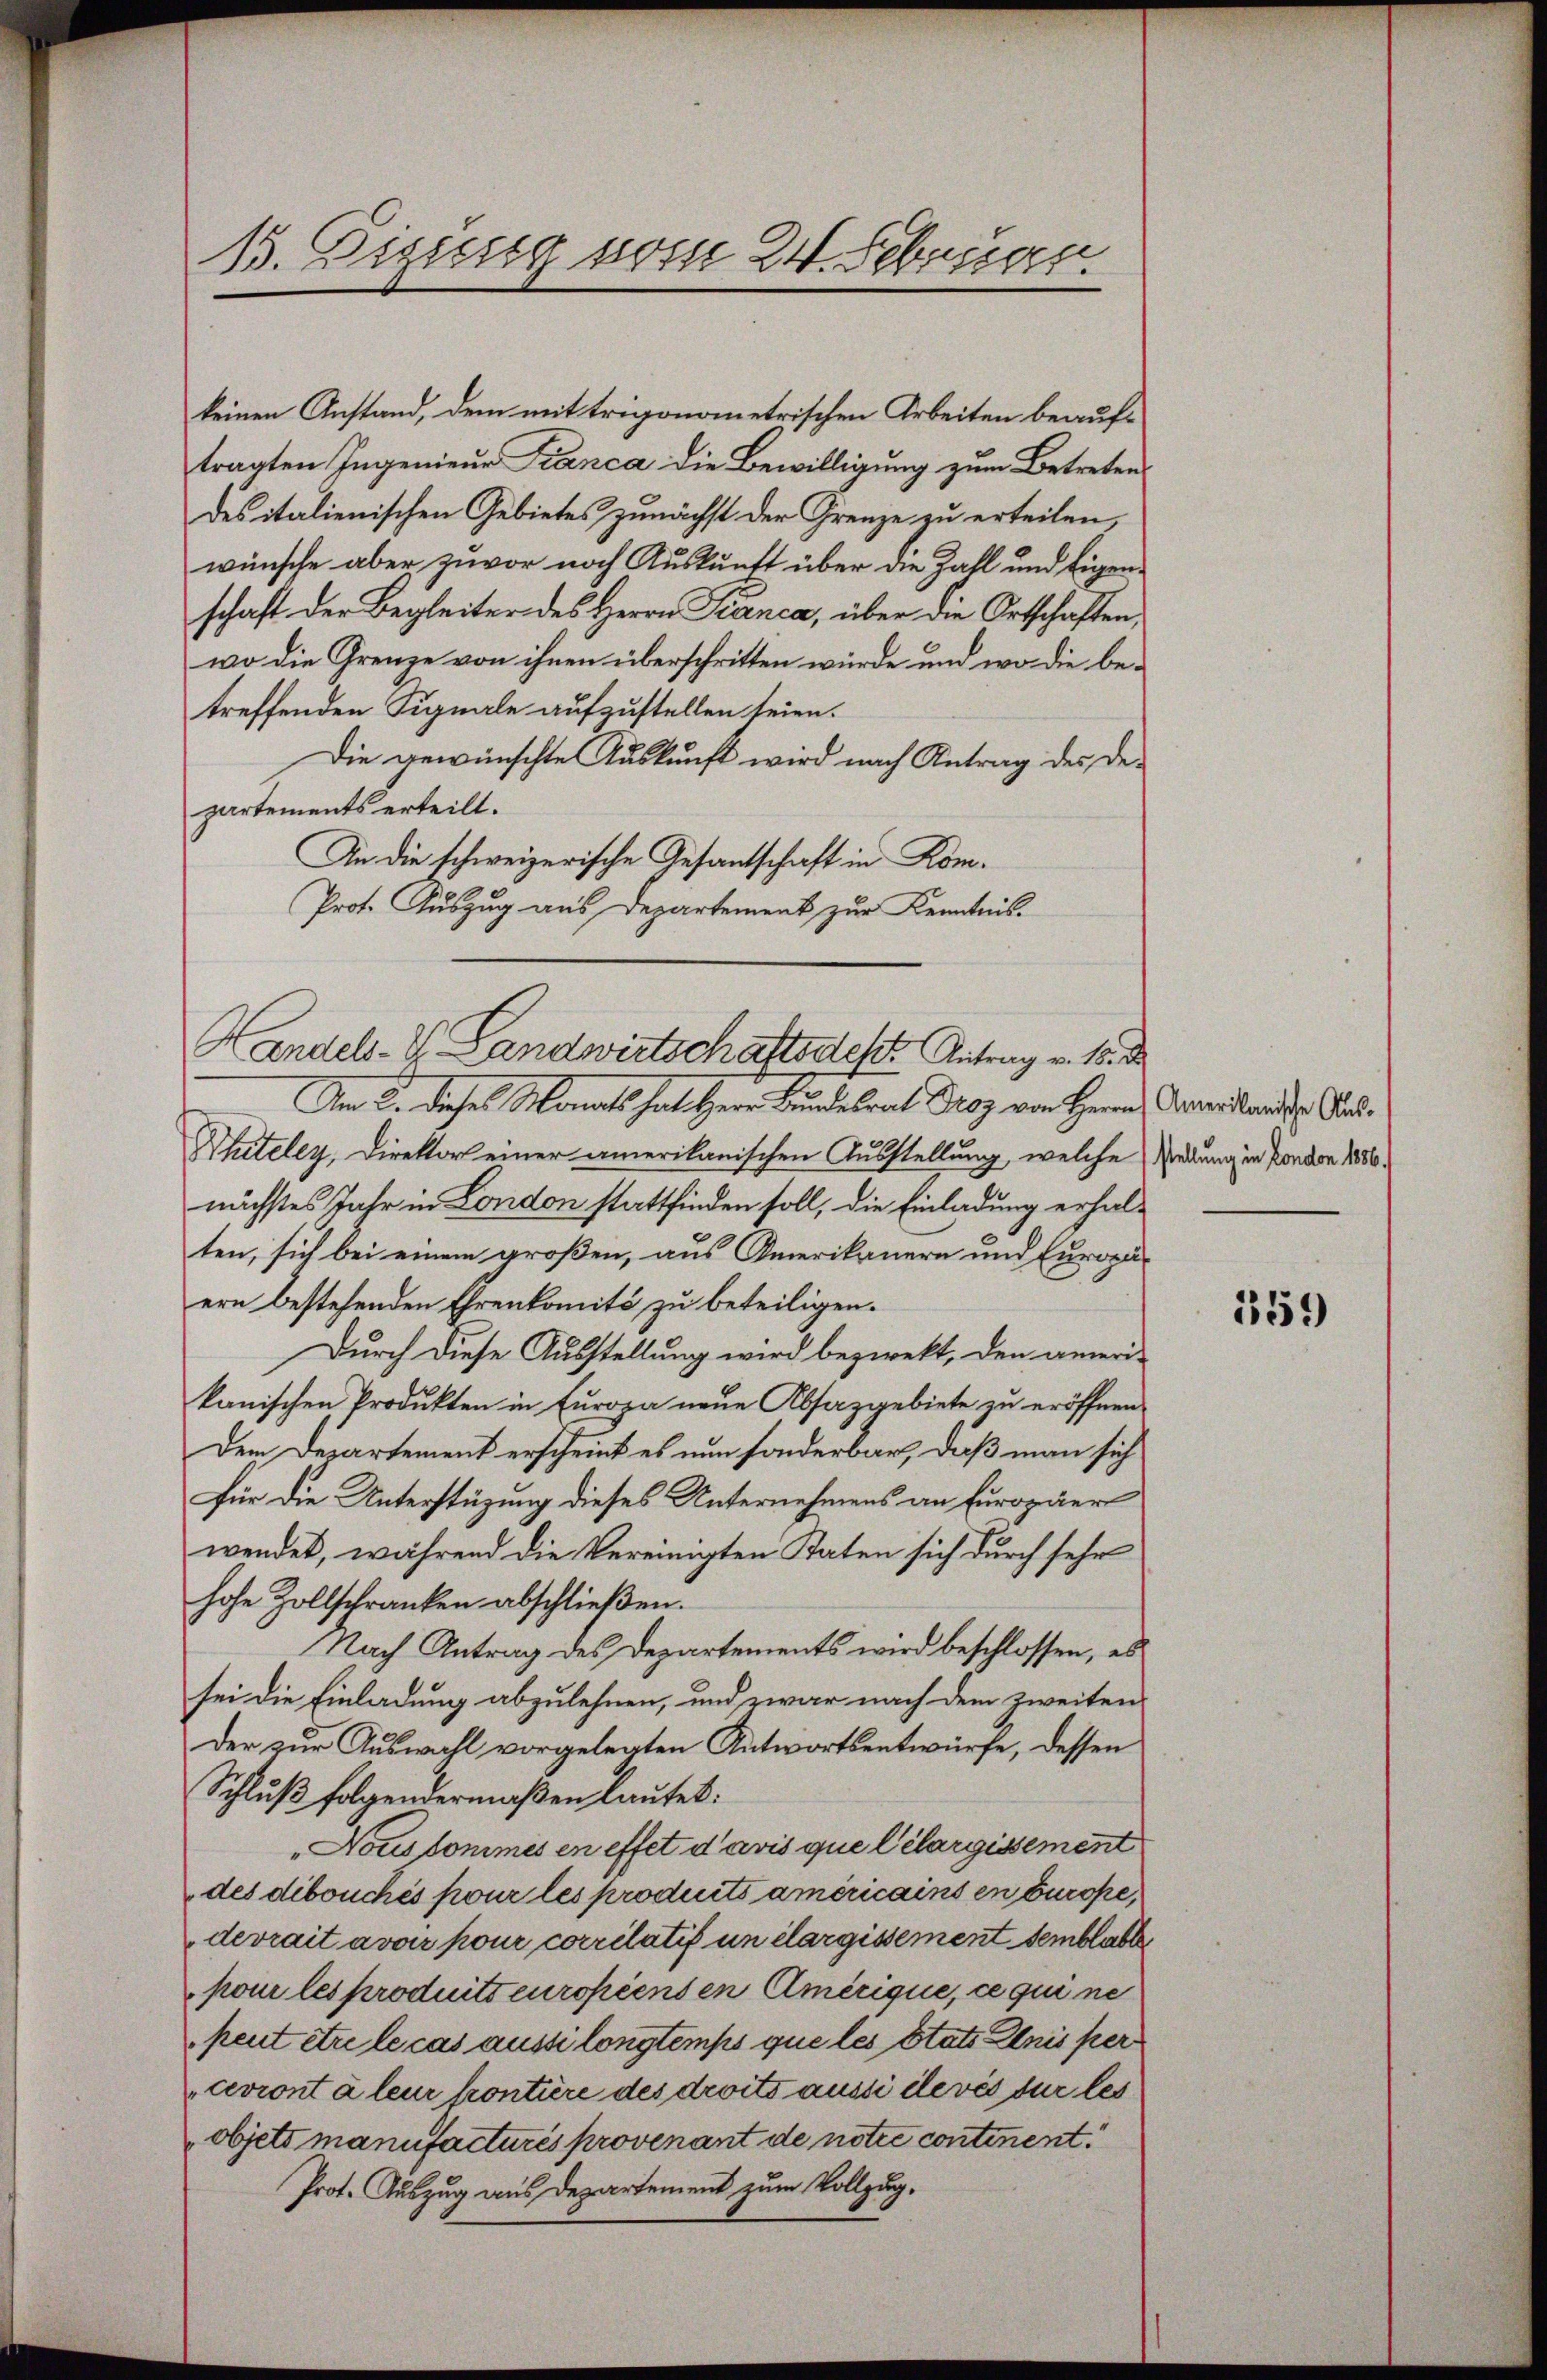
13. Digusig vom 24. Februar.

keinen Anstand, dem mit trigonometrischen Arbeiten beauftragten Ingenieur Franca die Bewilligung zum Betretendes italienischen Gebietes zunächst der Grenze zu erteilen,
wünsche aber zuvor noch Auskunft über die Zahl und Eigenschaft der Begleiter des Herrn Pianca, über die Ortschaften,
wo die Grenze von ihnen überschritten würde und wo die betreffenden Signale aufzustellen seien.
Die gewünschte Auskunft wird nach Antrag des Departements erteilt.
An die schweizerische Gesantschaft in Kom¬
Prot. Auszug aus Departement zur Kenntnis
Am 2. dieses Monats hat Herr Bundesrat Droz von Herrn Amerikandige Aus¬
Phuteley, Direktor einer amerikanischen Ausstellung, welche Redung in Fondon 1886.
nächstes Jahr in London stattfinden soll, die Einladung erhalten, sich bei einem großen, aus Amerikanern und Europä-
ern bestehenden Ehrenkomité zu beteiligen.
Durch diese Ausstellung wird bezwekt, den ameri-
kanischen Produkten in Europa neue Absazgebiete zu eröffnen.
Dem Departement erscheint es nun sonderbar, daß man sich
für die Unterstüzung dieses Unternehmens an Europäer
wendet, während die Vereinigten Raten sich durch sehr
hohe Zollschranken abschließen.
Nach Antrag des Departements wird beschlossen, es
sei die Einladung abzulehnen, und zwar nach dem zweiten
der zur Auswahl vorgelegten Antwortsentwürfe, dessen
Schluß folgendermaßen lautet:
„Nouskommes en effet d’avis que lélargissement
des dibouchés pour les produits américains in Europe,
devrait avoir pour corrilatif un élargissement semblable
pomi les produits europienten Amerique, ce qui ne
peut être le cas aussi longtemps que les états Anis per
cevront à leur kontiere des droits aussi ilevés sur les
objets manufacturés provenant de notie continent.
Prot. Auszug aus Departement zum Vollzug.

Handels-V. Landwirtschaftsdest Antrag v. 18. d

159)